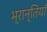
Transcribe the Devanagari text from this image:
भ्रान्तियाँ